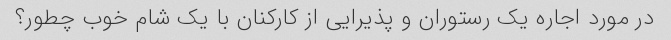
در مورد اجاره یک رستوران و پذیرایی از کارکنان با یک شام خوب چطور؟